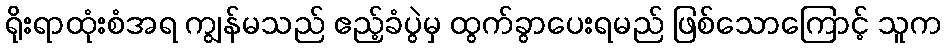
ရိုးရာထုံးစံအရ ကျွန်မသည် ဧည့်ခံပွဲမှ ထွက်ခွာပေးရမည် ဖြစ်သောကြောင့် သူက